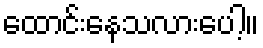
ထောင်းနေသလားပေါ့။